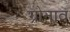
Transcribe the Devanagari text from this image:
ग्रोनाव